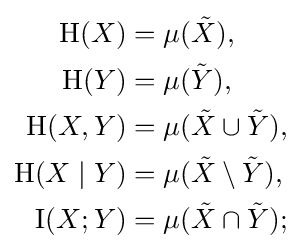
{\begin{aligned}\mathrm {H} (X)&=\mu ({\tilde {X}}),\\\mathrm {H} (Y)&=\mu ({\tilde {Y}}),\\\mathrm {H} (X,Y)&=\mu ({\tilde {X}}\cup {\tilde {Y}}),\\\mathrm {H} (X\mid Y)&=\mu ({\tilde {X}}\setminus {\tilde {Y}}),\\\operatorname {I} (X;Y)&=\mu ({\tilde {X}}\cap {\tilde {Y}});\end{aligned}}